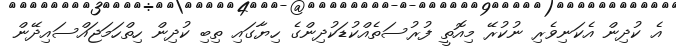
އެ ކުދިން އެކަނިވެރި ނުކުރޭ މިއޮތީ ފުރުސަތެއްކުޑަކުދިންގެ ހިޔާގައި ތިބި ކުދިން ހިތްހަމަޖައްސައިދޭން